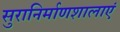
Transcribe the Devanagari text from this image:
सुरानिर्माणशालाएं